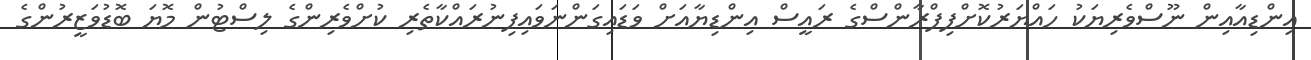
އިންޑިއާއިން ނޫސްވެރިޔަކު ހައްޔަރުކޮށްފިފްރާންސްގެ ރައީސް އިންޑިޔާއަށް ވަޑައިގަންނަވައިފިނުރައްކާތެރި ކުށްވެރިންގެ ލިސްޓުން މޮޔަ ބޮޑުވަޒީރުންގެ